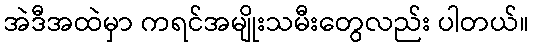
အဲဒီအထဲမှာ ကရင်အမျိုးသမီးတွေလည်း ပါတယ်။